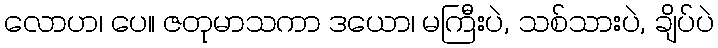
လောဟ၊ ပေ။ ဇတုမာသကာ ဒယော၊ မကြီးပဲ, သစ်သားပဲ, ချိပ်ပဲ